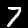
Digit: 7